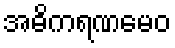
အဓိကရဏမေဝ